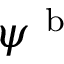
\psi ^ { \mathrm { ~ b ~ } }